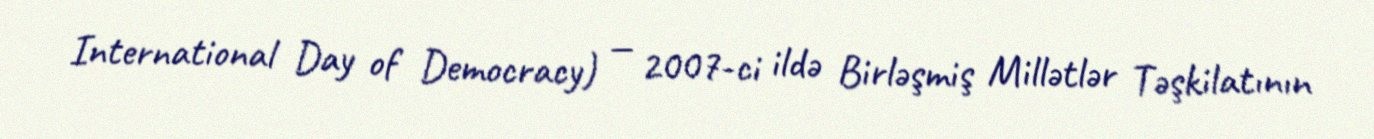
International Day of Democracy) — 2007-ci ildə Birləşmiş Millətlər Təşkilatının